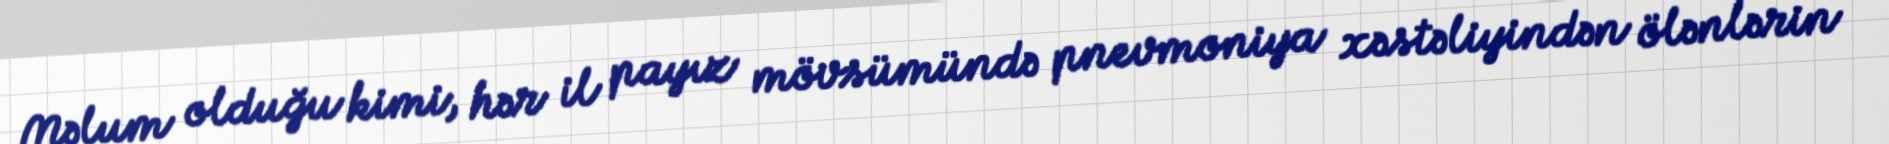
Məlum olduğu kimi, hər il payız mövsümündə pnevmoniya xəstəliyindən ölənlərin